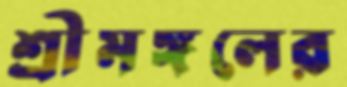
শ্রীমঙ্গলের